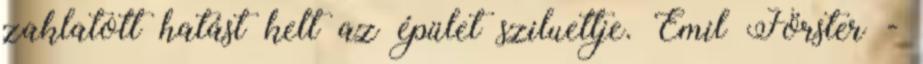
zaklatott hatást kelt az épület sziluettje. Emil Förster -